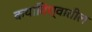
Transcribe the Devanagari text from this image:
कथाविश्वातील